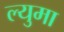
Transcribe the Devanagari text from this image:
ल्युमा